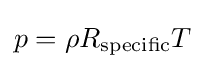
p=\rho R_{\text{specific}}T